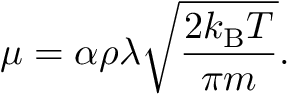
\mu = \alpha \rho \lambda { \sqrt { \frac { 2 k _ { \mathrm { B } } T } { \pi m } } } .